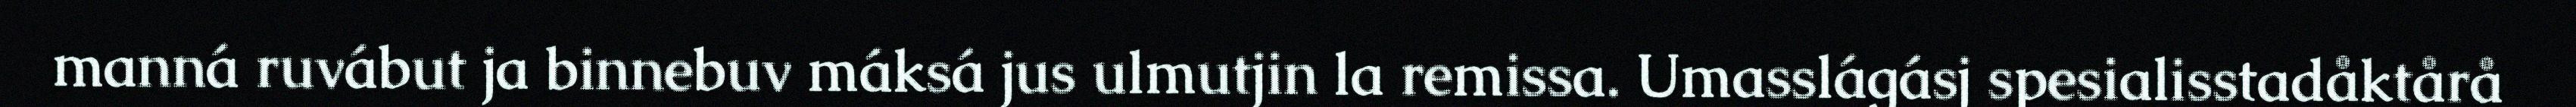
manná ruvábut ja binnebuv máksá jus ulmutjin la remissa. Umasslágásj spesialisstadåktårå